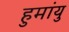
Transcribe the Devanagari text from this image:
हुमांयु